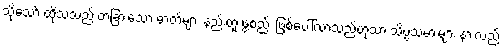
သို့သော် ထိုသံသည် တခြားသော ဓာတ်များ နည်းတူ ဖွဲ့စည်း ဖြစ်ပေါ်လာသည်ဟုသာ သိပ္ပံသမားများ နားလည်